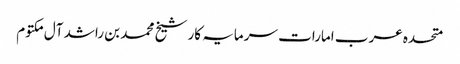
متحدہ عرب امارات سرمایہ کار شیخ محمد بن راشد آل مکتوم